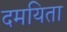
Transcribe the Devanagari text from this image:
दमयिता